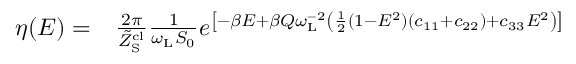
\begin{array} { r l } { \eta ( E ) = } & { { } \frac { 2 \pi } { \tilde { Z } _ { \mathrm { S } } ^ { \mathrm { c l } } } \frac { 1 } { \omega _ { \mathrm { L } } S _ { 0 } } e ^ { \left[ - \beta E + \beta Q \omega _ { \mathrm { L } } ^ { - 2 } \left( \frac { 1 } { 2 } ( 1 - E ^ { 2 } ) ( c _ { 1 1 } + c _ { 2 2 } ) + c _ { 3 3 } E ^ { 2 } \right) \right] } } \end{array}